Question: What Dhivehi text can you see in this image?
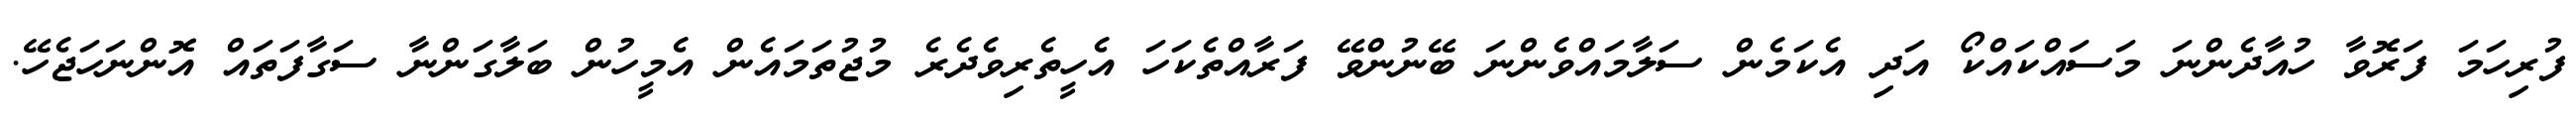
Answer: ފުރިހަމަ ފަރޮވާ ހުއާދެންނަ މަސައްކައްކޯ އަދި އެކަމެން ސަލާމައްވެންނަ ބޭނުންވޭ ފަރާއްތެކަހަ އެހީތެރިވެދެރެ މުޖުތަމައެން އެމީހުން ބަލާގަންނާ ސަގާފަތައް އޮންނަހަޖެހޭ.